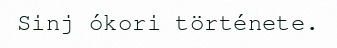
Sinj ókori története.